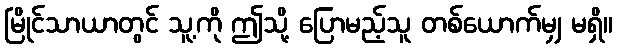
မြိုင်သာယာတွင် သူ့ကို ဤသို့ ပြောမည့်သူ တစ်ယောက်မျှ မရှိ။